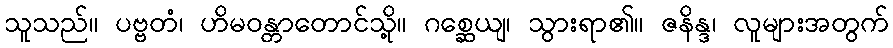
သူသည်။ ပဗ္ဗတံ၊ ဟိမဝန္တာတောင်သို့။ ဂစ္ဆေယျ၊ သွားရာ၏။ ဇနိန္ဒ၊ လူများအတွက်